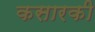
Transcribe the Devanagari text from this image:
कसारकी